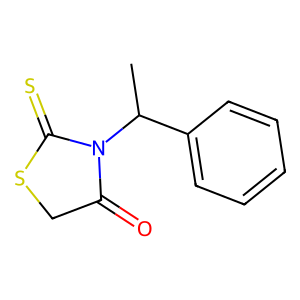
SMILES: CC(c1ccccc1)N1C(=O)CSC1=S
Inhibits HIV replication: No